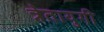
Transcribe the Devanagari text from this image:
त्रेतायुगी